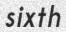
sixth